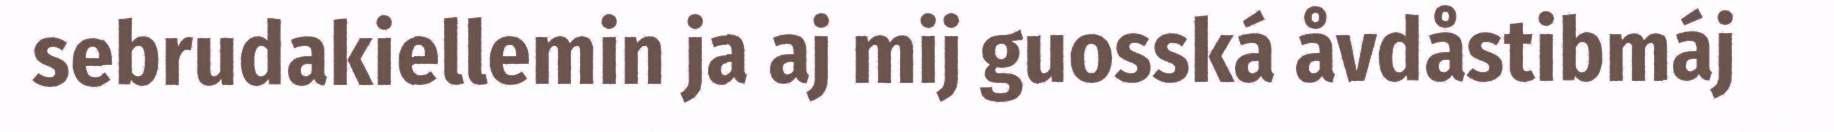
sebrudakiellemin ja aj mij guosská åvdåstibmáj